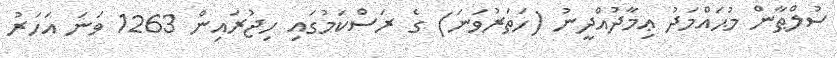
ސުލްޠާން މުޙައްމަދު ޢިމާދުއްދީނު (ހަތަރުވަނަ) ގެ ރަސްކަމުގައި ހިޖުރައިން 1263 ވަނަ އަހަރު